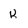
Character: k